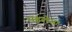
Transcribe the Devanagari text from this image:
पहलेजा